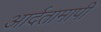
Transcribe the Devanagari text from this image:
आर्दतामापी